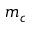
m _ { c }